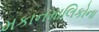
મકાનમાલિકોના